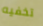
تخفيه